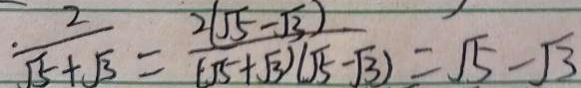
\frac { 2 } { \sqrt { 5 } + \sqrt { 3 } } + \frac { 2 ( \sqrt { 5 } - \sqrt { 3 } ) } { ( \sqrt { 5 } + \sqrt { 3 } ) ( \sqrt { 5 } - \sqrt { 3 } ) } = \sqrt { 5 } - \sqrt { 3 }